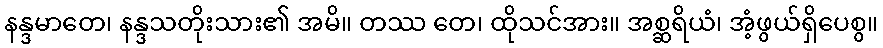
နန္ဒမာတေ၊ နန္ဒသတိုးသား၏ အမိ။ တဿ တေ၊ ထိုသင်အား။ အစ္ဆရိယံ၊ အံ့ဖွယ်ရှိပေစွ။